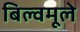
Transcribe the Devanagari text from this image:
बिल्वमूले